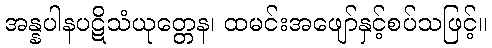
အန္နပါနပဋိသံယုတ္တေန၊ ထမင်းအဖျော်နှင့်စပ်သဖြင့်။